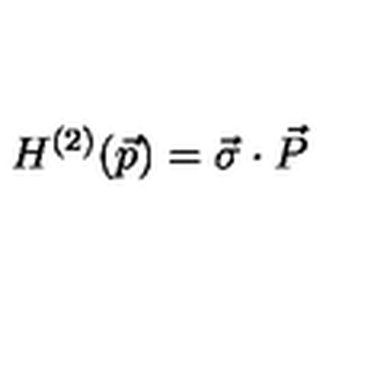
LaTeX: H ^ { ( 2 ) } ( \vec { p } ) = \vec { \sigma } \cdot \vec { P }